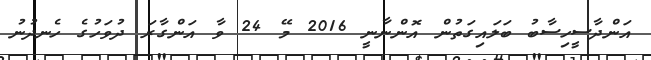
އަންދާސީހިސާބު ބަލައިގަތުން އޮންނާނީ 2016 މޭ 24 ވާ އަންގާރަ ދުވަހުގެ ހެނދުނު